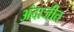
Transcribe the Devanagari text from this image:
अंदाजीत